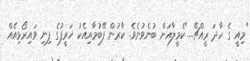
"މިއީ ގެ ހާދަ ރީއްޗޭ...."ކެމީލާއަށް ބުނެވުނެވެ. ކާރުން ފޭބުމާއިއެކު ޚަރީފުގެ ފިނި ވައިރޯޅިއެއް